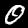
Label: 0